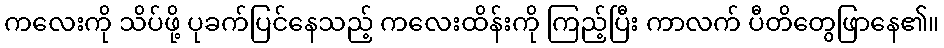
ကလေးကို သိပ်ဖို့ ပုခက်ပြင်နေသည့် ကလေးထိန်းကို ကြည့်ပြီး ကာလက် ပီတိတွေဖြာနေ၏။